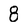
Character: 8